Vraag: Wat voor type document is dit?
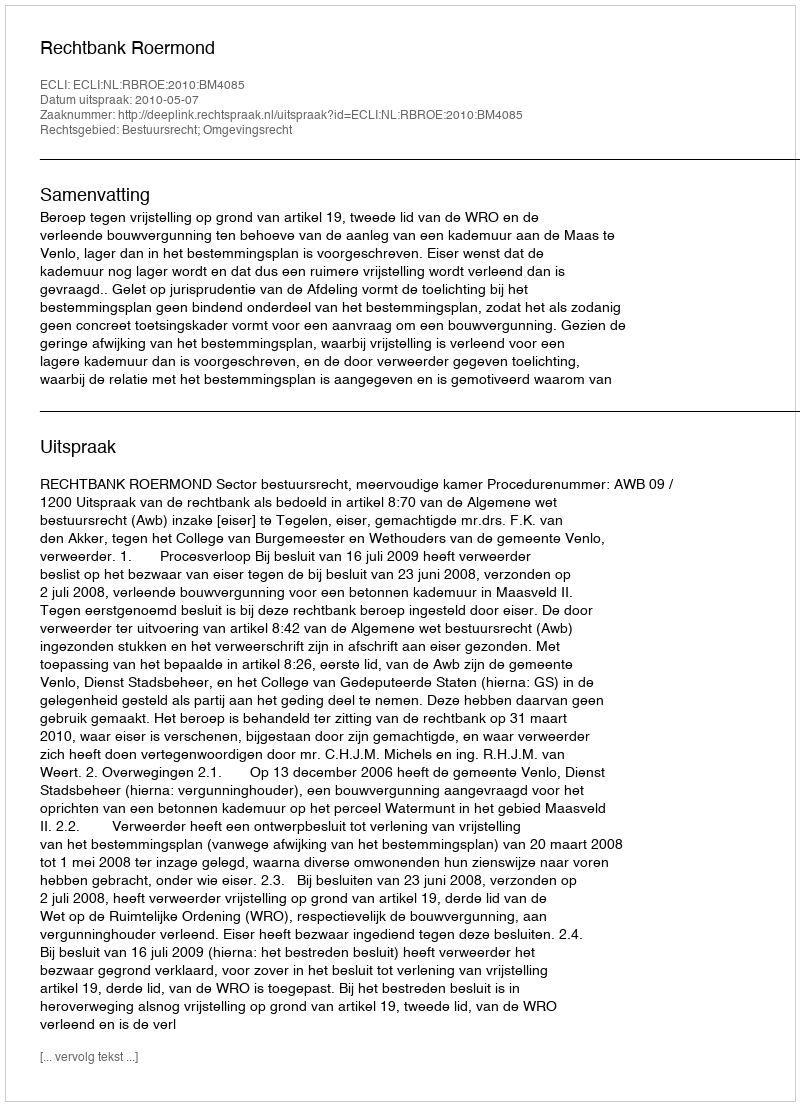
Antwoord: Uitspraak